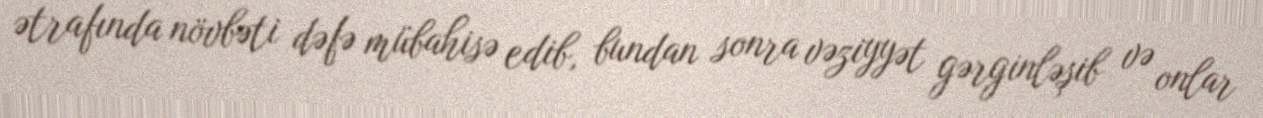
ətrafında növbəti dəfə mübahisə edib, bundan sonra vəziyyət gərginləşib və onlar